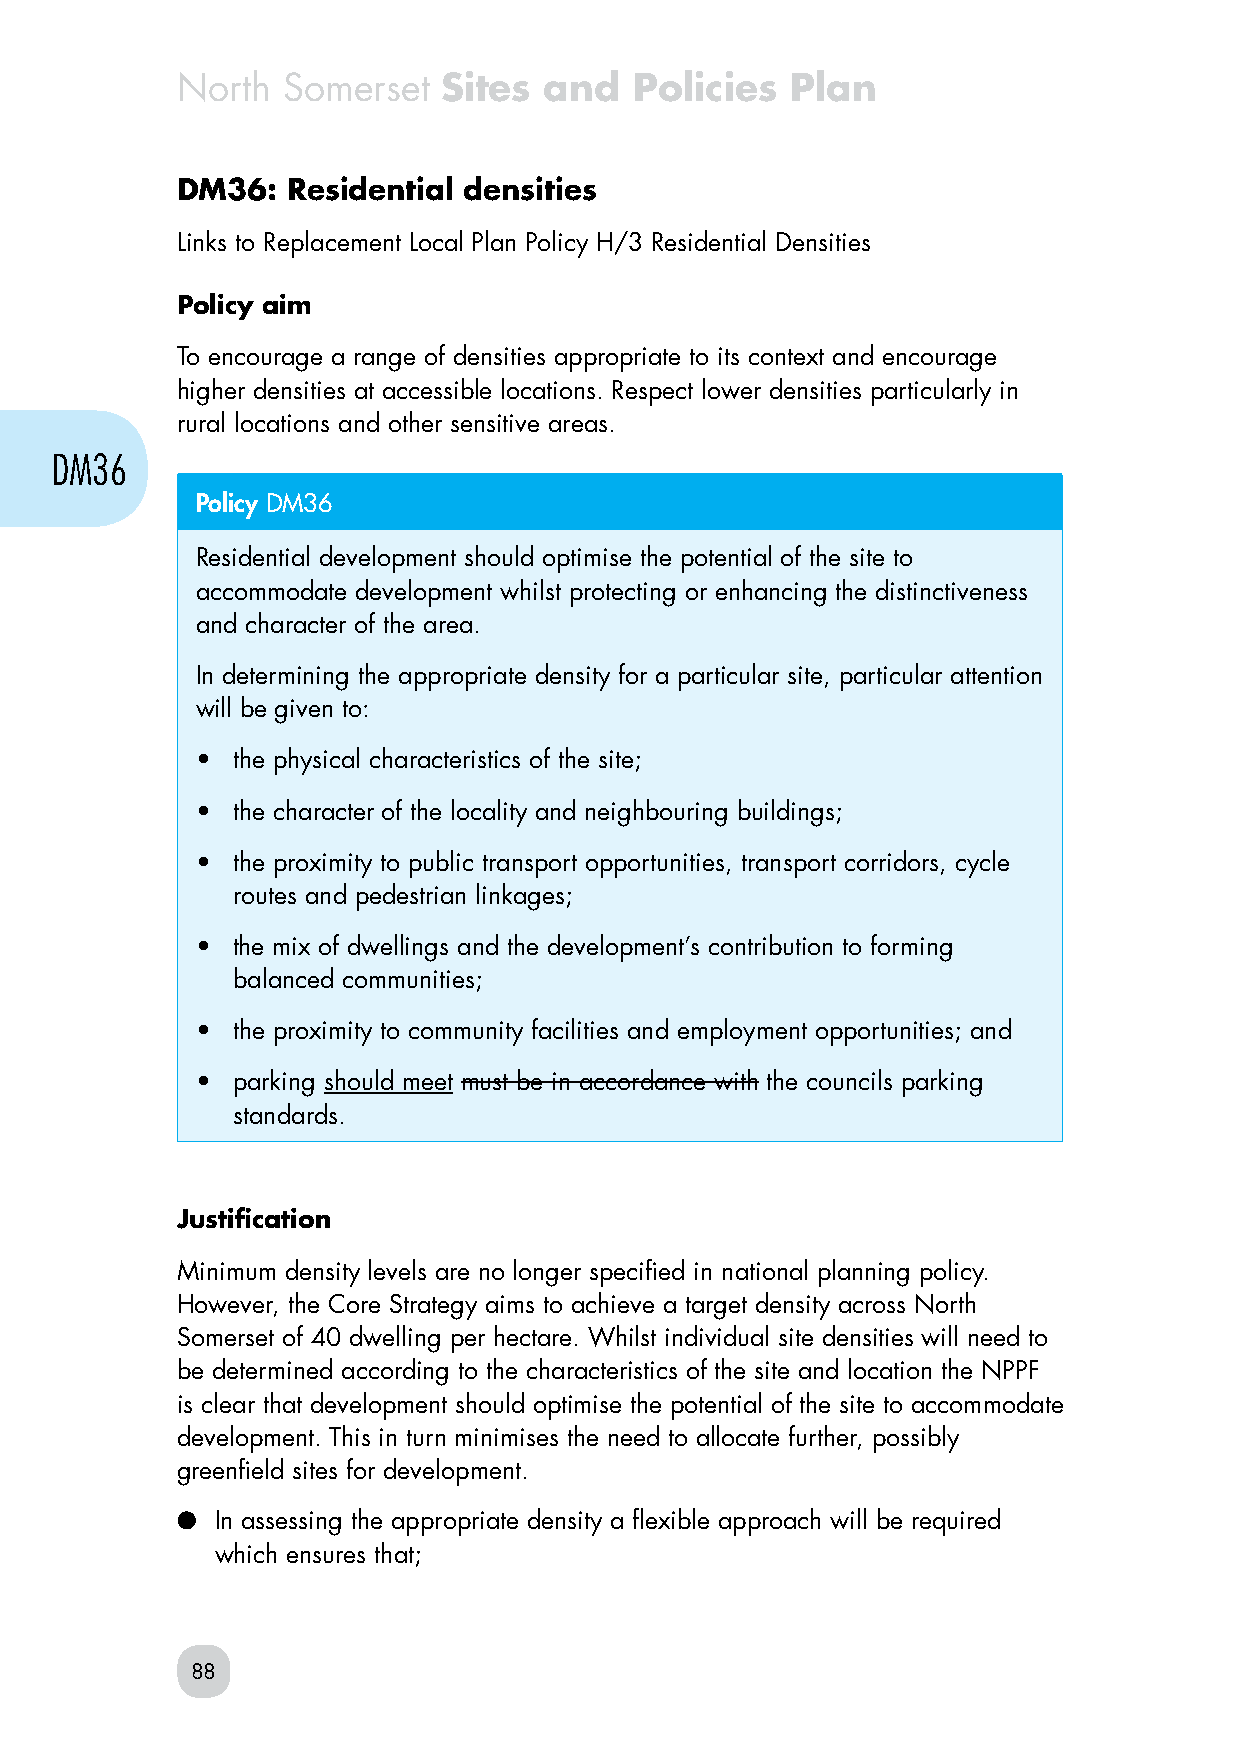
North  Somerset  Sites  and   Policies  Plan
 DM36:  Residential densities
 Links to Replacement Local Plan Policy H/3 Residential Densities
 Policy aim
 To encourage a range of densities appropriate to its context and encourage
 higher densities at accessible locations. Respect lower densities particularly in
 rural locations and other sensitive areas.
 DM36
 Policy DM36
 Residential development should optimise the potential of the site to
 accommodate development whilst protecting or enhancing the distinctiveness
 and character of the area.
 In determining the appropriate density for a particular site, particular attention
 will be given to:
 • the physical characteristics of the site;
 • the character of the locality and neighbouring buildings;
 • the proximity to public transport opportunities, transport corridors, cycle
 routes and pedestrian linkages;
 • the mix of dwellings and the development’s contribution to forming
 balanced communities;
 • the proximity to community facilities and employment opportunities; and
 • parking should meet must be in accordance with the councils parking
 standards.
 Justification
 Minimum density levels are no longer specified in national planning policy.
 However, the Core Strategy aims to achieve a target density across North
 Somerset of 40 dwelling per hectare. Whilst individual site densities will need to
 be determined according to the characteristics of the site and location the NPPF
 is clear that development should optimise the potential of the site to accommodate
 development. This in turn minimises the need to allocate further, possibly
 greenfield sites for development.
 ● In assessing the appropriate density a flexible approach will be required
 which ensures that;
 88